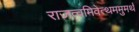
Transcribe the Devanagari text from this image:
राजत्वमिवेत्थममुमर्थं